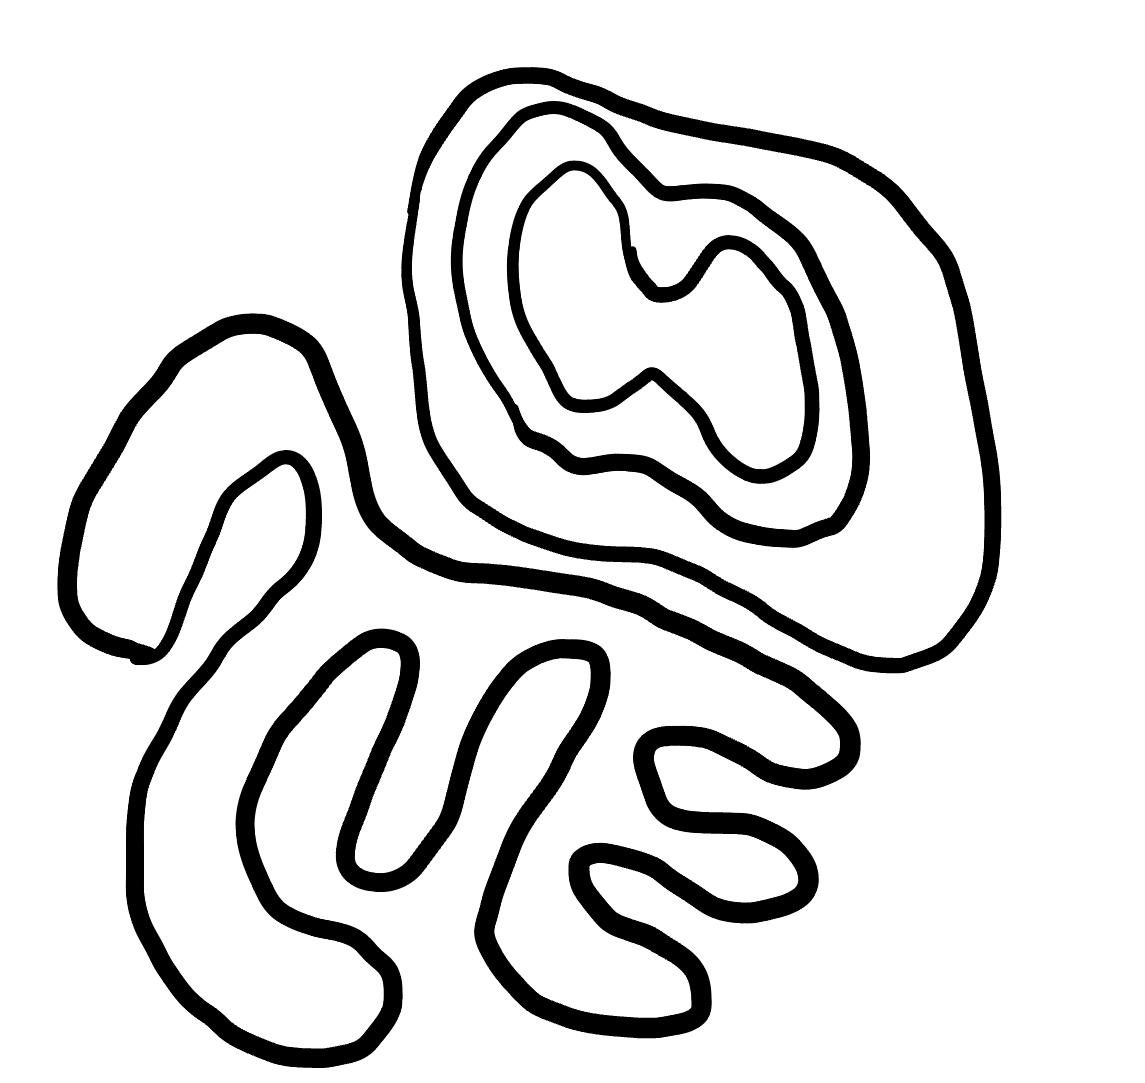
Number of regions (including the outer root region): 5
Containment tree edges (parent, child): 0, 1, 0, 2, 2, 3, 3, 4